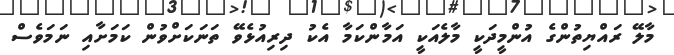
މާލޭ ރައްޔިތުންގެ އުންމީދަކީ މާލެއަކީ އަމާންކަމާ އެކު ދިރިއުޅެވޭ ތަނަކަށްވުން ކަމަށާއި ނަމަވެސް